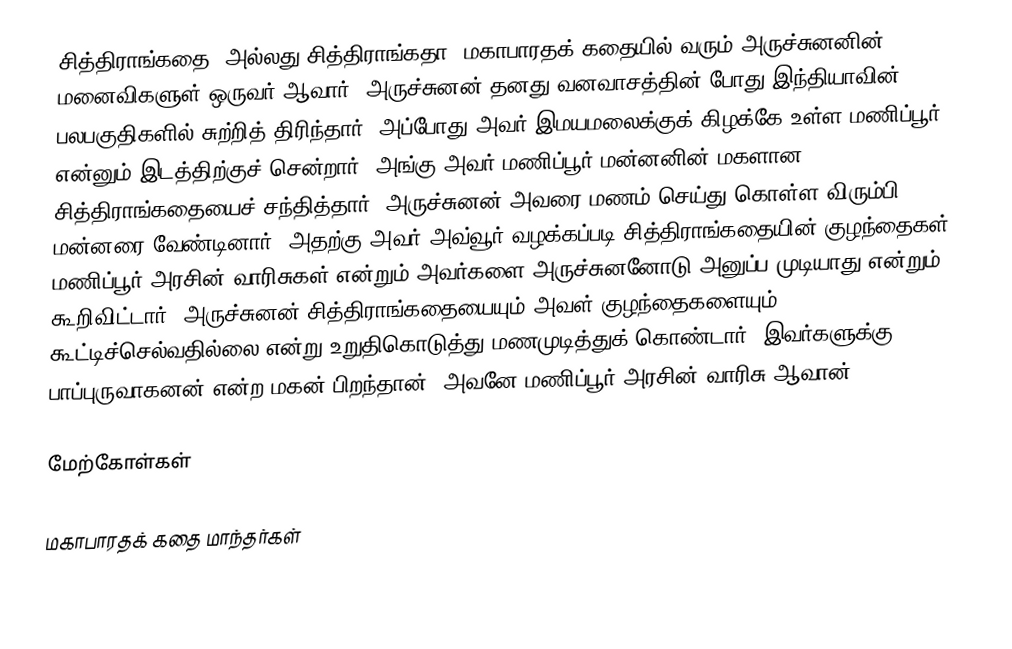
சித்திராங்கதை (அல்லது சித்திராங்கதா) மகாபாரதக் கதையில் வரும் அருச்சுனனின் மனைவிகளுள் ஒருவர் ஆவார். அருச்சுனன் தனது வனவாசத்தின் போது இந்தியாவின் பலபகுதிகளில் சுற்றித் திரிந்தார். அப்போது அவர் இமயமலைக்குக் கிழக்கே உள்ள மணிப்பூர் என்னும் இடத்திற்குச் சென்றார். அங்கு அவர் மணிப்பூர் மன்னனின் மகளான சித்திராங்கதையைச் சந்தித்தார். அருச்சுனன் அவரை மணம் செய்து கொள்ள விரும்பி மன்னரை வேண்டினார். அதற்கு அவர் அவ்வூர் வழக்கப்படி சித்திராங்கதையின் குழந்தைகள் மணிப்பூர் அரசின் வாரிசுகள் என்றும் அவர்களை அருச்சுனனோடு அனுப்ப முடியாது என்றும் கூறிவிட்டார். அருச்சுனன் சித்திராங்கதையையும் அவள் குழந்தைகளையும் கூட்டிச்செல்வதில்லை என்று உறுதிகொடுத்து மணமுடித்துக் கொண்டார். இவர்களுக்கு பாப்புருவாகனன் என்ற மகன் பிறந்தான். அவனே மணிப்பூர் அரசின் வாரிசு ஆவான்.

மேற்கோள்கள்

மகாபாரதக் கதை மாந்தர்கள்